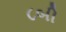
૮બી